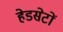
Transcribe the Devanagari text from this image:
हेडसेटों